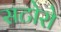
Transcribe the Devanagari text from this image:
सटोरो